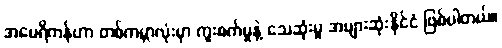
အမေရိကန်ဟာ တစ်ကမ္ဘာလုံးမှာ ကူးစက်မှုနဲ့ သေဆုံးမှု အများဆုံးနိုင်ငံ ဖြစ်ပါတယ်။